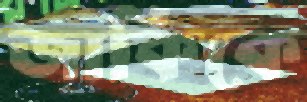
জাকিকে